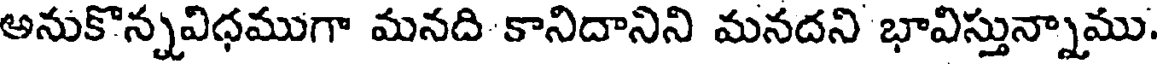
అనుకొన్నవిధముగా మనది కానిదానిని మనదని భావిస్తున్నాము